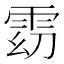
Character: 𱁓